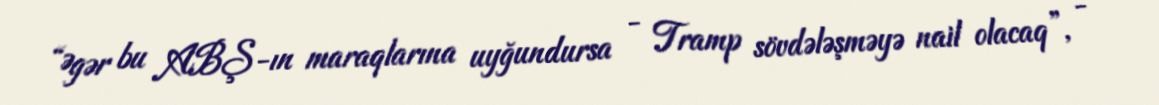
“Əgər bu ABŞ-ın maraqlarına uyğundursa - Tramp sövdələşməyə nail olacaq”, -